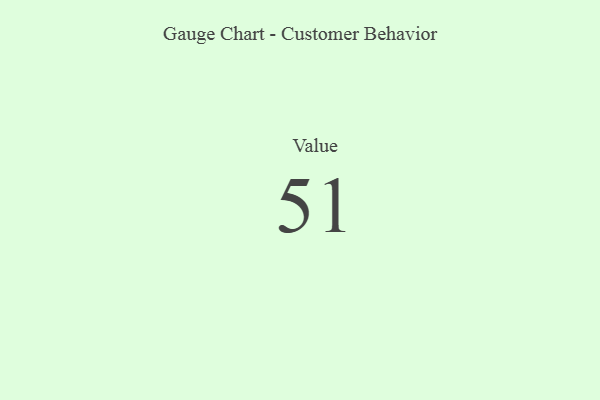
{"axis": {"x": "Metric", "y": "Value"}, "legend": [""], "data": [{"x": "Value", "y": 51, "type": ""}]}